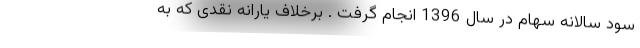
سود سالانه سهام در سال 1396 انجام گرفت . برخلاف یارانه نقدی که به